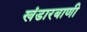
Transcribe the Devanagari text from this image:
खंडारबाणी